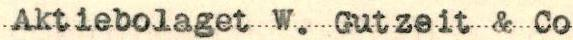
Aktiebolaget W. Gutzeit & Co